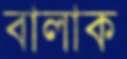
বালাক